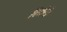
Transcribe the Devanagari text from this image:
बिखेरी।